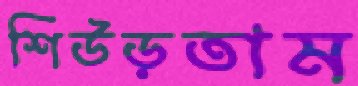
শিউড়তাম